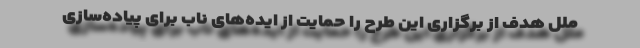
ملل هدف از برگزاری این طرح را حمایت از ایده‌های ناب برای پیاده‌سازی